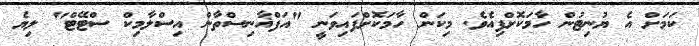
ކަމަށް އެ ޔުނިޓުން ހާމަކޮށްފިއެވެ. މިކަން ހާމަކޮށްފައިވަނީ "އަފްޣާނިސްތާން އިސްލާމިކް ސްޓޭޓް" ލިޔެ